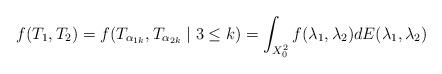
LaTeX: \begin{align*}f(T_1,T_2)=f(T_{\alpha_{1k}},T_{\alpha_{2k}}\mid 3\leq k)=\int_{X^2_0}f(\lambda_1,\lambda_2)dE(\lambda_1,\lambda_2)\end{align*}